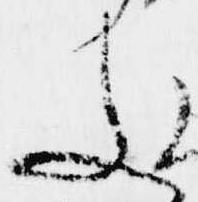
文